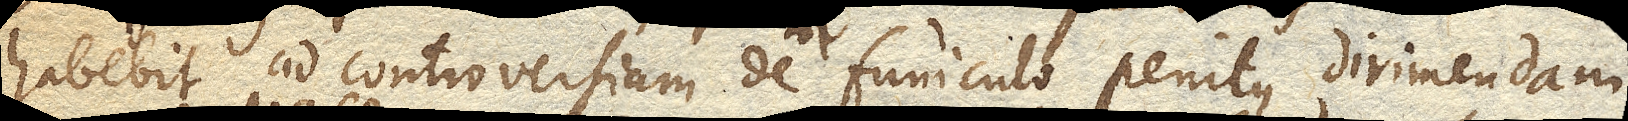
habebit ad controversiam de funiculo penitus dirimendam.